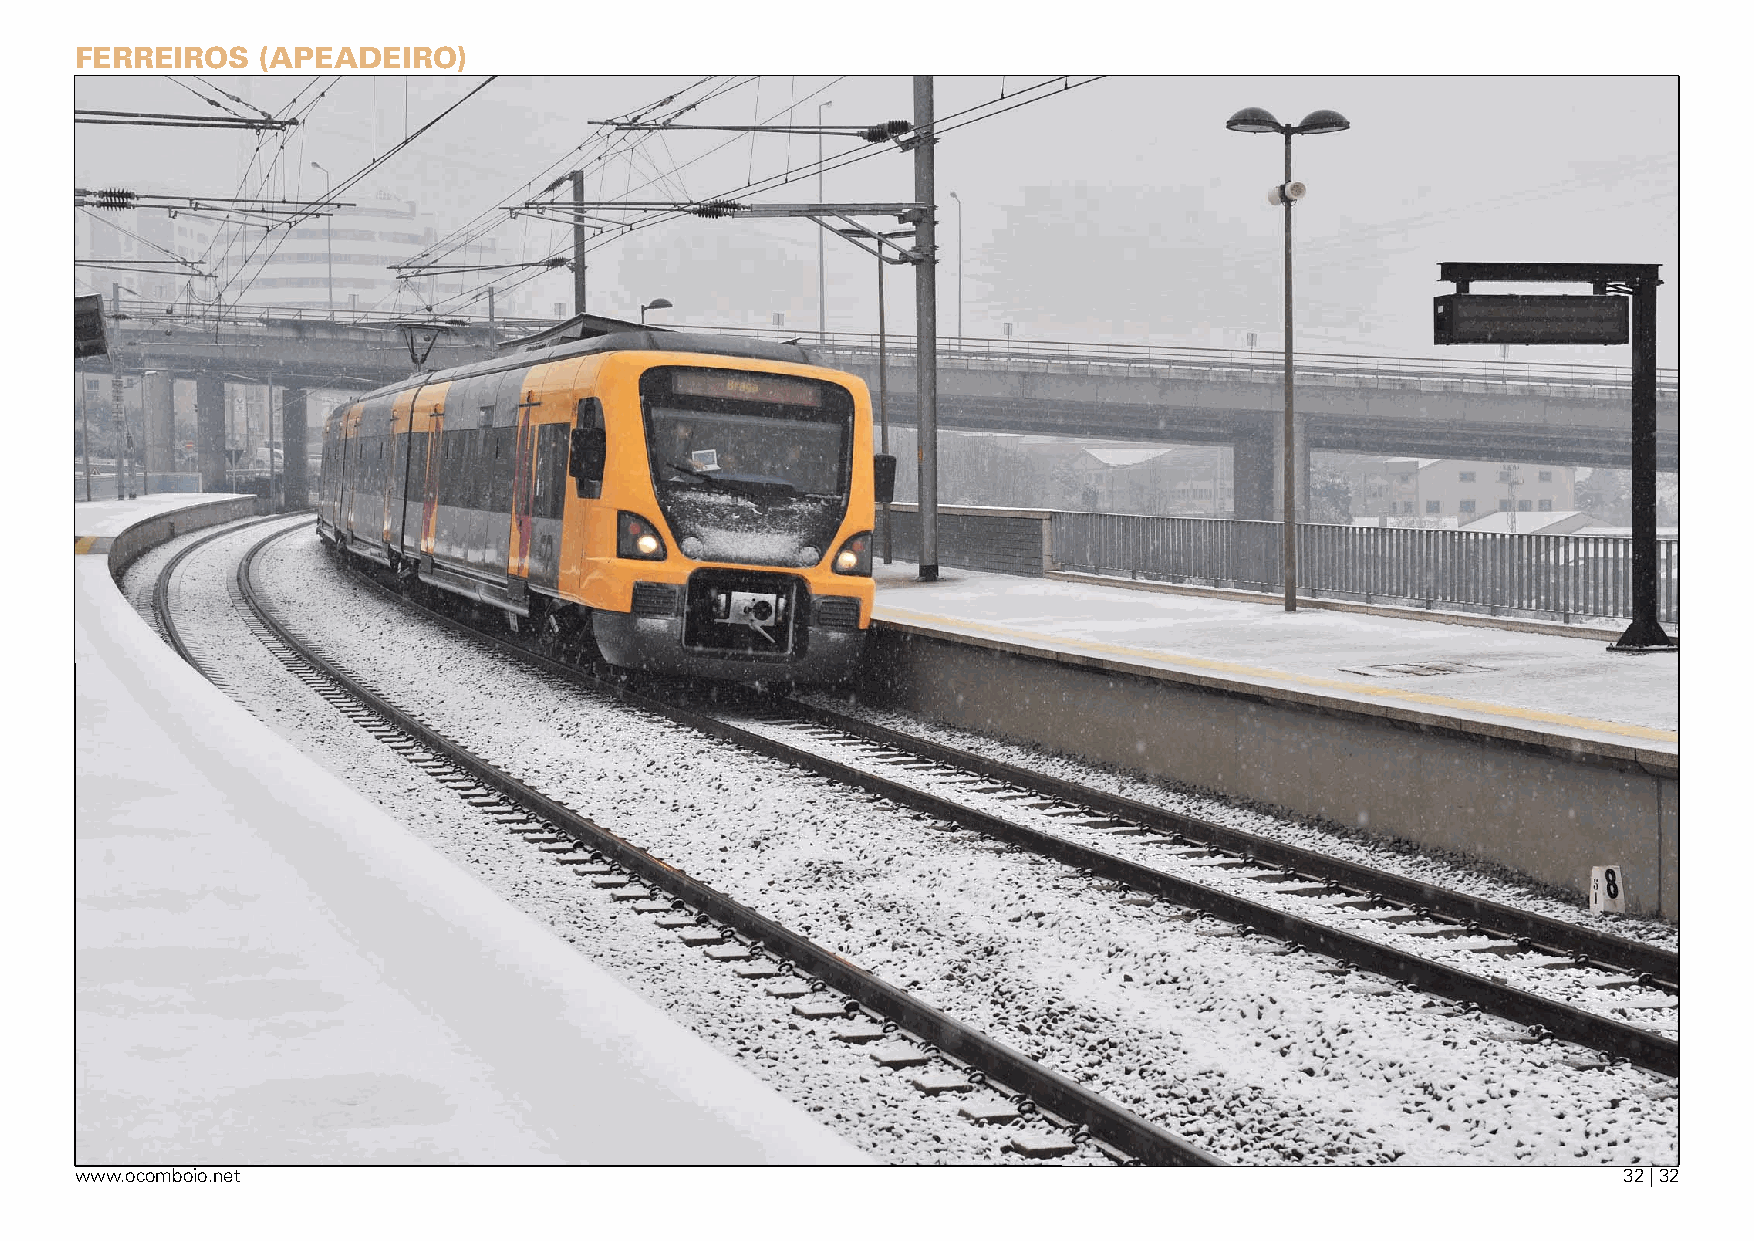
FerreirOs   (aPeadeirO)
 www.ocomboio.net                                                                                      32 | 32